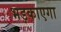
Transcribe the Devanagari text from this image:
भड़काएगा